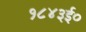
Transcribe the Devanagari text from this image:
१८४३ई०